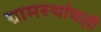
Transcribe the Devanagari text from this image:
ग्रामस्थांचाही